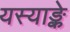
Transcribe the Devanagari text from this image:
यस्याङ्के